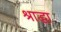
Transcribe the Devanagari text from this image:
श्राद्धा